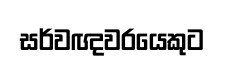
සර්වඥවරයෙකුට